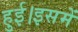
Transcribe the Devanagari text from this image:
हुई।इसमें